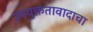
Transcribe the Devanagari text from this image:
उपयुक्ततावादाचा